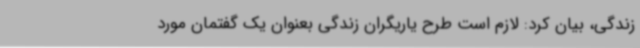
زندگی، بیان کرد: لازم است طرح یاریگران زندگی بعنوان یک گفتمان مورد